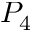
P _ { 4 }